Punjab Mental Hospital Lahore 1922-31 - 1922-1931
Year: 1922
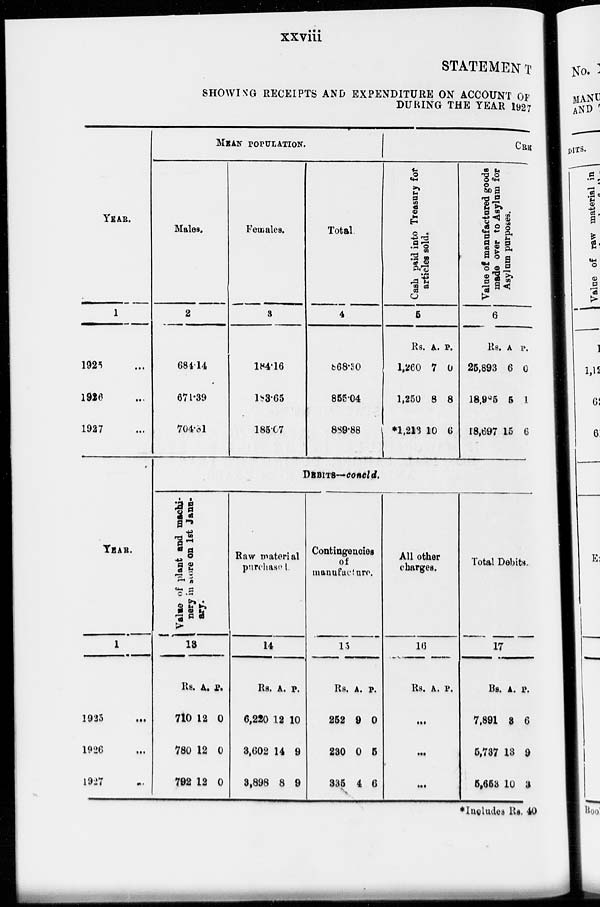
xxviii
STATEMENT
SHOWING RECEIPTS AND EXPENDITURE ON ACCOUNT OF
DURING THE YEAR 1927
YEAR.
1
1925 ...
1926 ...
1927 ...
YEAR.
1
1925 ...
1926 ...
1927 ...
MEAN POPULATION.
Males.
2
684.14
671.39
704.31
Females.
3
184.16
183.65
185.07
Total.
4
868.30
855.04
889.88
CRE
Cash paid into Treasury for
articles sold.
5
Rs.
1,260
1,250
*1,248
A.
7
8
10
P.
0
8
6
Value of manufactured goods
made over to Asylum for
Asylum purposes.
6
Rs.
25,893
18,985
18,697
A.
6
5
15
P.
0
1
6
DEBITS—concld.
Valve of plant and machi-
nery in more on 1st Janu-
ary.
13
Rs.
710
780
792
A.
12
12
12
P.
0
0
0
Raw material
purchased.
14
Rs.
6,220
3,602
3,898
A.
12
14
8
P.
10
9
9
Contingencies
of
manufacture.
15
Rs.
252
230
335
A.
9
0
4
P.
0
5
6
All other
charges.
16
Rs. A. P.
...
...
...
Total Debits.
17
Rs.
7,891
5,737
5,653
A.
3
18
10
P.
6
9
3
* Includes Rs. 40